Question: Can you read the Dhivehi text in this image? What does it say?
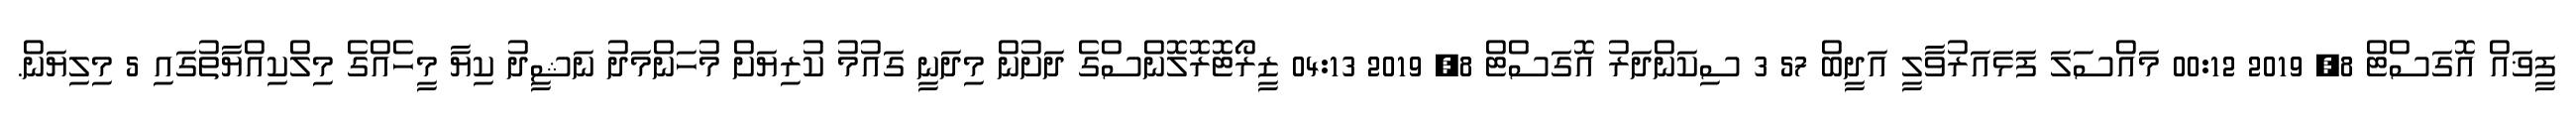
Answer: ފީޥައް އޮގަސްޓް 8, 2019 00:12 މައްސަލަ ފަޅައަރުވާލީ އަދީބް 57 3 ސިކަންދަރު އޮގަސްޓް 8, 2019 04:13 ޒީރޯޓޮރޮލޮންސްގެ ދަށުން މިދަނީ ގައުމު ކުރިޔަށް މުހަންމަދު ނަޝީދު ކިޔާ މީހެއްގެ މިލްކިއްޔާތުގައި 5 މިލިޔަން.